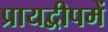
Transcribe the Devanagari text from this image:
प्रायद्वीपमें